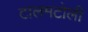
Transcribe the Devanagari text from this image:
टालमटोली